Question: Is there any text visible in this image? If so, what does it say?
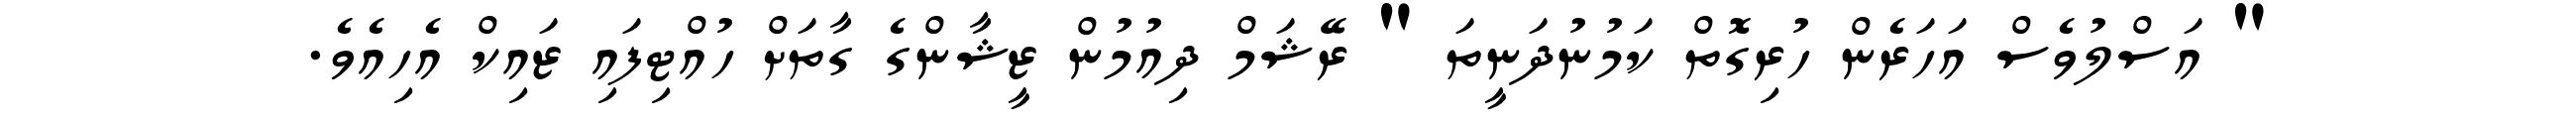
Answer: " އަސްލުވެސް އަހަރެން ހުރިގޮތް ކަމުނުދަނީތަ " ރޭޝަމް ދިއުމުން ޒީޝާންގެ ގާތަށް ހުއްޓިފައި ޒައިކް އެހިއެވެ.